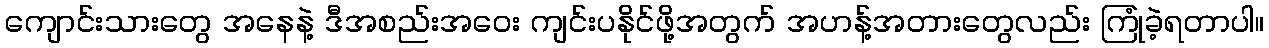
ကျောင်းသားတွေ အနေနဲ့ ဒီအစည်းအဝေး ကျင်းပနိုင်ဖို့အတွက် အဟန့်အတားတွေလည်း ကြုံခဲ့ရတာပါ။